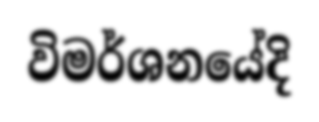
විමර්ශනයේදි